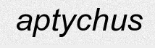
aptychus